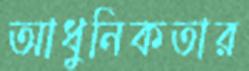
আধুনিকতার